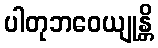
ပါတုဘဝေယျုန္တိ